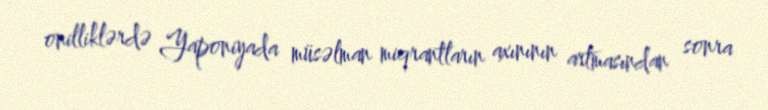
onilliklərdə Yaponiyada müsəlman miqrantların axınının artmasından sonra